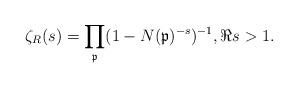
LaTeX: \begin{align*} \zeta_R(s) = \prod_{\mathfrak{p}} (1-N(\mathfrak{p})^{-s})^{-1}, \Re{s}>1.\end{align*}